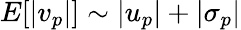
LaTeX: E[|v_{p}|]\sim|u_{p}|+|\sigma_{p}|